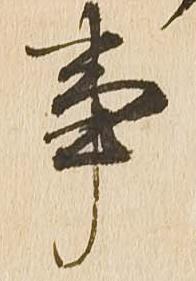
事